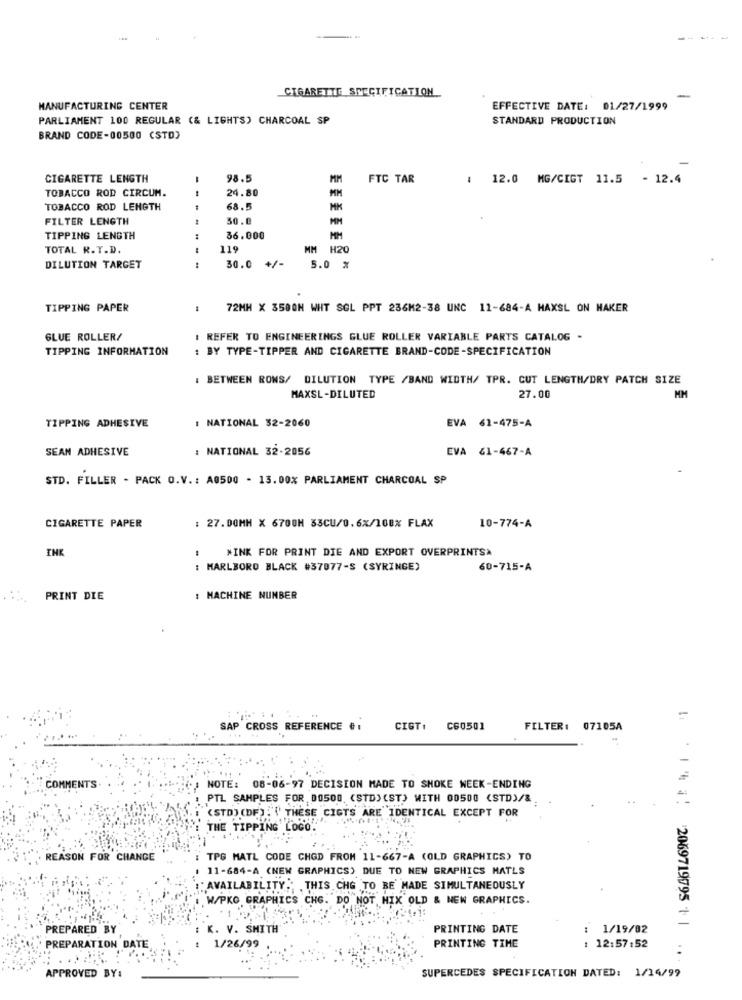
CIGARETTE SPECIFICATION
-
MANUFACTURING CENTER
EFFECTIVE DATE: 01/27/1999
PARLIAMENT 100 REGULAR (& LIGHTS) CHARCOAL SP
STANDARD PRODUCTION
BRAND CODE-00500 (STD)
CIGARETTE LENGTH
-
98.5
MM
FTC TAR
: 12.0 MG/CIGT 11.5 - 12.4
TOBACCO ROD CIRCUM.
24.80
TOBACCO ROD LENGTH
1
68.5
FILTER LENGTH
50.
TIPPING LENGTH
36.000
MM
TOTAL R.T.D.
119
MM H20
DILUTION TARGET
:
30.0 +/-
5.0 %
TIPPING PAPER
72MM X 3500N WHT SOL PPT 236M2-38 UNC 11-684-A MAXSL ON MAKER
GLUE ROLLER/
: REFER TO ENGINEERINGS GLUE ROLLER VARIABLE PARTS CATALOG -
TIPPING INFORMATION
: BY TYPE-TIPPER AND CIGARETTE BRAND-CODE-SPECIFICATION
: BETWEEN RONS/ DILUTION TYPE /BAND WIDTH/ TPR. CUT LENGTH/DRY PATCH SIZE
MM
MAXSL-DILUTED
27.00
: NATIONAL 32-2060
TIPPING ADHESIVE
EVA 61-475-A
SEAN ADHESIVE
: NATIONAL 32-2056
EVA 61-467-A
STD. FILLER - PACK O.V .: A0500 - 13.00% PARLIAMENT CHARCOAL SP
CIGARETTE PAPER
: 27.DOMH X 6700H 33CU/0.6%/100% FLAX
10-774-A
INK
*INK FOR PRINT DIE AND EXPORT OVERPRINTSA
: MARLBORO BLACK #37077-S (SYRINGE)
60-715-A
PRINT DIE
: MACHINE NUMBER
SAP CROSS REFERENCE # :
CIGT.
C60501
FILTER: 07105A
COMMENTS
NOTE:
08-06-97 DECISION MADE TO SMOKE WEEK-ENDING
: PTL SAMPLES FOR 00500. (STD) (ST) WITH 00500 (STD)/&
(STD) (DF) .""' THESE CIGTS ARE IDENTICAL EXCEPT FOR
THE TIPPING LOGO
REASON FOR CHANGE
: TPG MATL CODE CHOD FROM 11-667-A (OLD GRAPHICS) TO
11-684-A (NEW GRAPHICS) DUE TO NEW GRAPHICS MATLS
:: AVAILABILITY." THIS CHG TO BE MADE SIMULTANEOUSLY
W/PKO GRAPHICS CHE. DO NOT MIX OLD & NEW GRAPHICS.
PREPARED BY
: K. V. SMITH
PRINTING DATE
: 1/19/02
PREPARATION DATE
1/26/99
PRINTING TIME
: 12:57:52
5 : 1 % #: 2069719995 | | ...
APPROVED BY:
SUPERCEDES SPECIFICATION DATED: 1/14/99